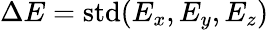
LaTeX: \Delta E=\mathrm{std}(E_{x},E_{y},E_{z})